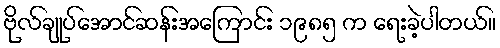
ဗိုလ်ချုပ်အောင်ဆန်းအကြောင်း ၁၉၈၅ က ရေးခဲ့ပါတယ်။